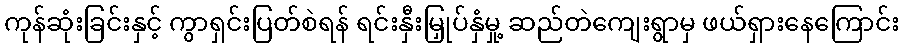
ကုန်ဆုံးခြင်းနှင့် ကွာရှင်းပြတ်စဲရန် ရင်းနှီးမြှုပ်နှံမှု့ ဆည်တဲကျေးရွာမှ ဖယ်ရှားနေကြောင်း